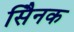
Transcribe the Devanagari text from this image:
सैिनक